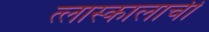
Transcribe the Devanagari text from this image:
त्लास्कालाची